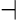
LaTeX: \dashv